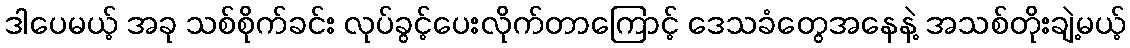
ဒါပေမယ့် အခု သစ်စိုက်ခင်း လုပ်ခွင့်ပေးလိုက်တာကြောင့် ဒေသခံတွေအနေနဲ့ အသစ်တိုးချဲ့မယ့်